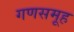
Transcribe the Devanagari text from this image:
गणसमूह